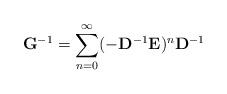
LaTeX: \begin{align*} {\bf G}^{-1}=\sum_{n=0}^{\infty}(-{\bf D}^{-1}{\bf E})^n{\bf D}^{-1}\end{align*}